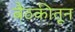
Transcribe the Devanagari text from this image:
बैठकीतून